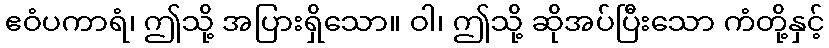
ဧဝံပကာရံ၊ ဤသို့ အပြားရှိသော။ ဝါ၊ ဤသို့ ဆိုအပ်ပြီးသော ကံတို့နှင့်